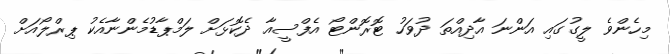
މިހެންވެ ލީގުގައި އަންނަ އާދިއްތަ ދުވަހު ޓޮރޮންޓޯ އެފްސީއާ ދެކޮޅަށް ލަމްޕާޑުމެންނާއެކު ޕިރްލޯއަށް